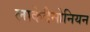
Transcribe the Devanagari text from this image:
लाकेदैमोनियन